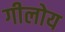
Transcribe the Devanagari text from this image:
गीलोय